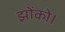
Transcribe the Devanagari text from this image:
झोंको।